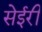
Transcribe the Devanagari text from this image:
सेईरी